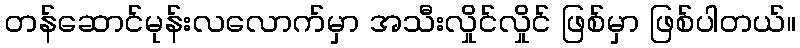
တန်ဆောင်မုန်းလလောက်မှာ အသီးလှိုင်လှိုင် ဖြစ်မှာ ဖြစ်ပါတယ်။